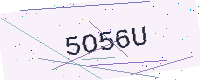
Text: 5O56U